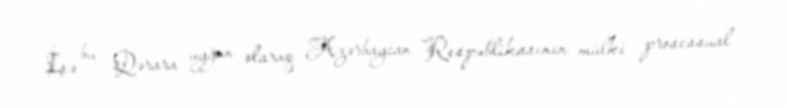
İşə bu Qərara uyğun olaraq Azərbaycan Respublikasının mülki prosessual